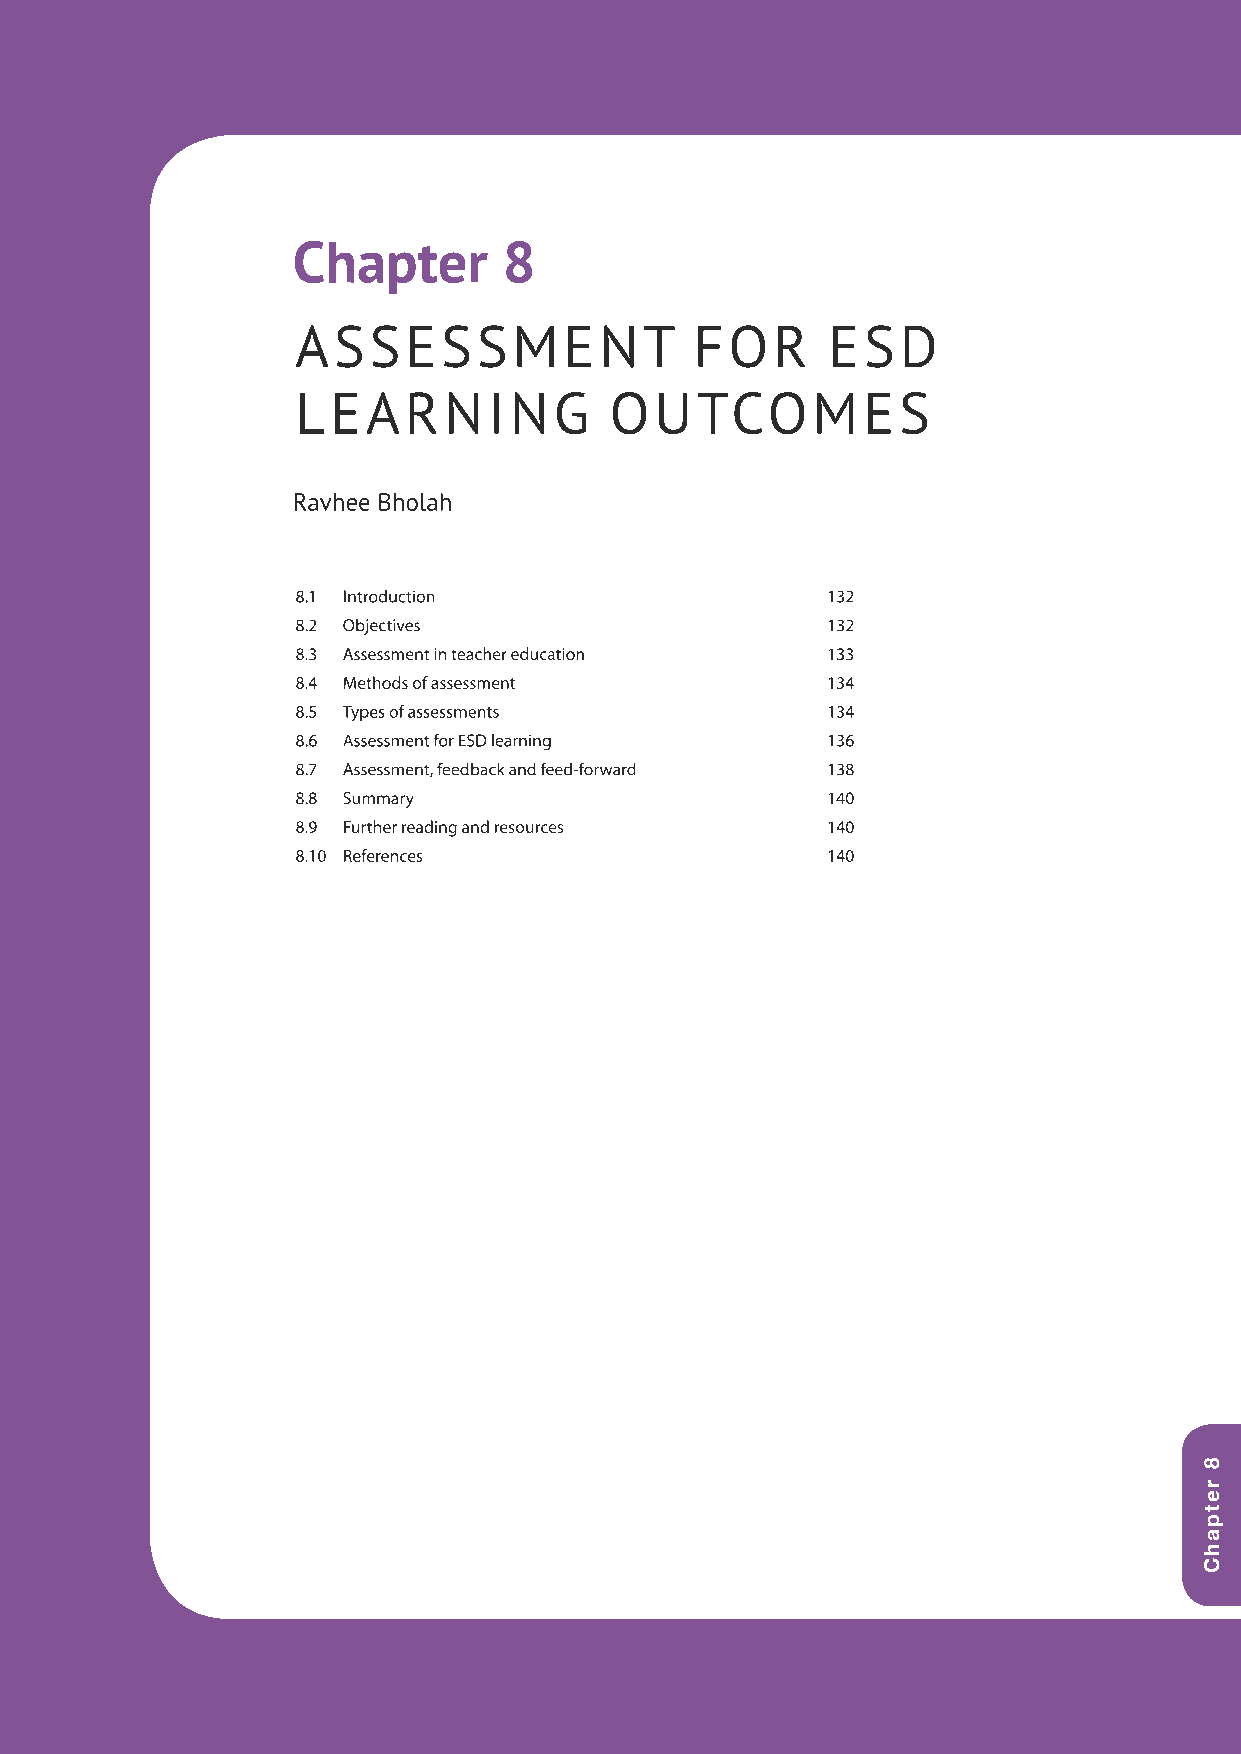
Chapter       8
 ASSESSMENT                FOR      ESD
 LLEEAARRNNIINNGG    OOUUTTCCOOMMEESS
 RRaavvhheeee BBhhoollaahh
 88..11 IInnttrroodduuccttiioonn    113322
 88..22 OObbjjeeccttiivveess        113322
 88..33 AAsssseessssmmeenntt iinn tteeaacchheerr eedduuccaattiioonn 113333
 88..44 MMeetthhooddss ooff aasssseessssmmeenntt 113344
 88..55 TTyyppeess ooff aasssseessssmmeennttss 113344
 88..66 AAsssseessssmmeenntt ffoorr EESSDD lleeaarrnniinngg 113366
 88..77 AAsssseessssmmeenntt,, ffeeeeddbbaacckk aanndd ffeeeedd--ffoorrwwaarrdd 113388
 88..88 SSuummmmaarryy              114400
 88..99 FFuurrtthheerr rreeaaddiinngg aanndd rreessoouurrcceess 114400
 88..1100 RReeffeerreenncceess      114400
 1
 RETPAHC
 2
 RETPAHC
 3
 RETPAHC
 4
 RETPAHC
 5
 RETPAHC
 6
 RETPAHC
 7
 RETPAHC
 88
 R
 rEeTtpPaAhHCC